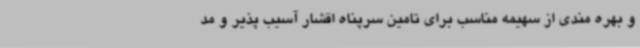
و بهره مندی از سهیمه مناسب برای تامین سرپناه اقشار آسیب پذیر و مد